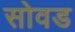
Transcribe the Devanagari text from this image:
सोवड